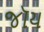
જૉય